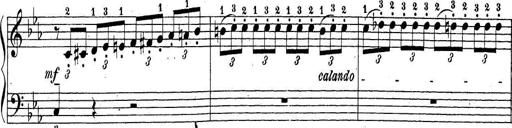
Title: Sonatina Album
Composer: Louis KÃ¶hler